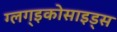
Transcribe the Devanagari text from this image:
ग्लग्इकोसाइड्स